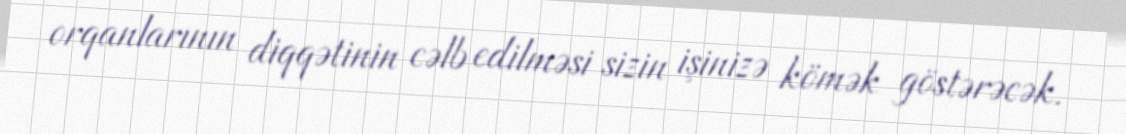
orqanlarının diqqətinin cəlb edilməsi sizin işinizə kömək göstərəcək.